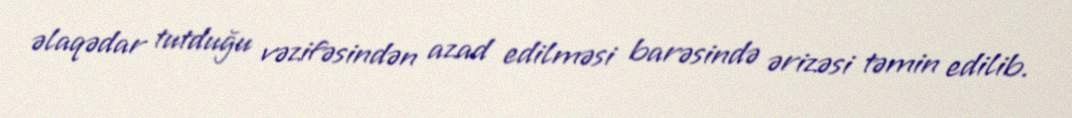
əlaqədar tutduğu vəzifəsindən azad edilməsi barəsində ərizəsi təmin edilib.